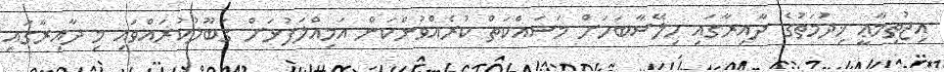
އިޖުތިމާޢީ ޚިދުމަތުގެ ދާއިރާގައި ހިލޭސާބަހަށް މަސައްކަތް ކުރެއްވުންކަން އަމިއްލަފުޅަށް ގަބޫލުކުރައްވައި މި ދާއިރާގައި